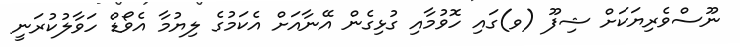
ނޫސްވެރިޔަކަށް ޝިފޫ (ވ)ގައި ހޮވުމާއި ގުޅިގެން އޭނާއަށް އެކަމުގެ ލިޔުމާ އެވޯޑް ހަވާލުކުރަނީ